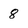
Character: 8